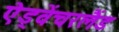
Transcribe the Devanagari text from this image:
ऐड्वेंचरलैंड